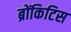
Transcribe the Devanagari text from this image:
ब्रोंकिटिस